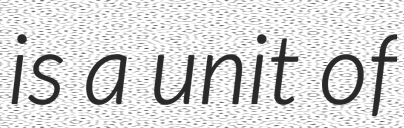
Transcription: is a unit of